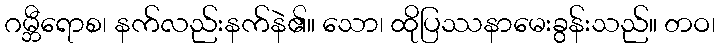
ဂမ္ဘီရောစ၊ နက်လည်းနက်နဲ၏။ သော၊ ထိုပြဿနာမေးခွန်းသည်။ တဝ၊